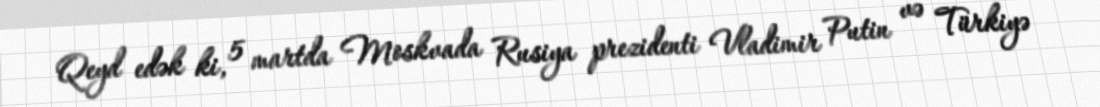
Qeyd edək ki, 5 martda Moskvada Rusiya prezidenti Vladimir Putin və Türkiyə